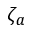
\zeta _ { a }